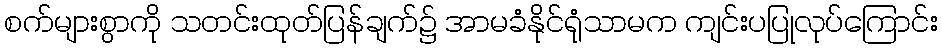
စက်များစွာကို သတင်းထုတ်ပြန်ချက်၌ အာမခံနိုင်ရုံသာမက ကျင်းပပြုလုပ်ကြောင်း